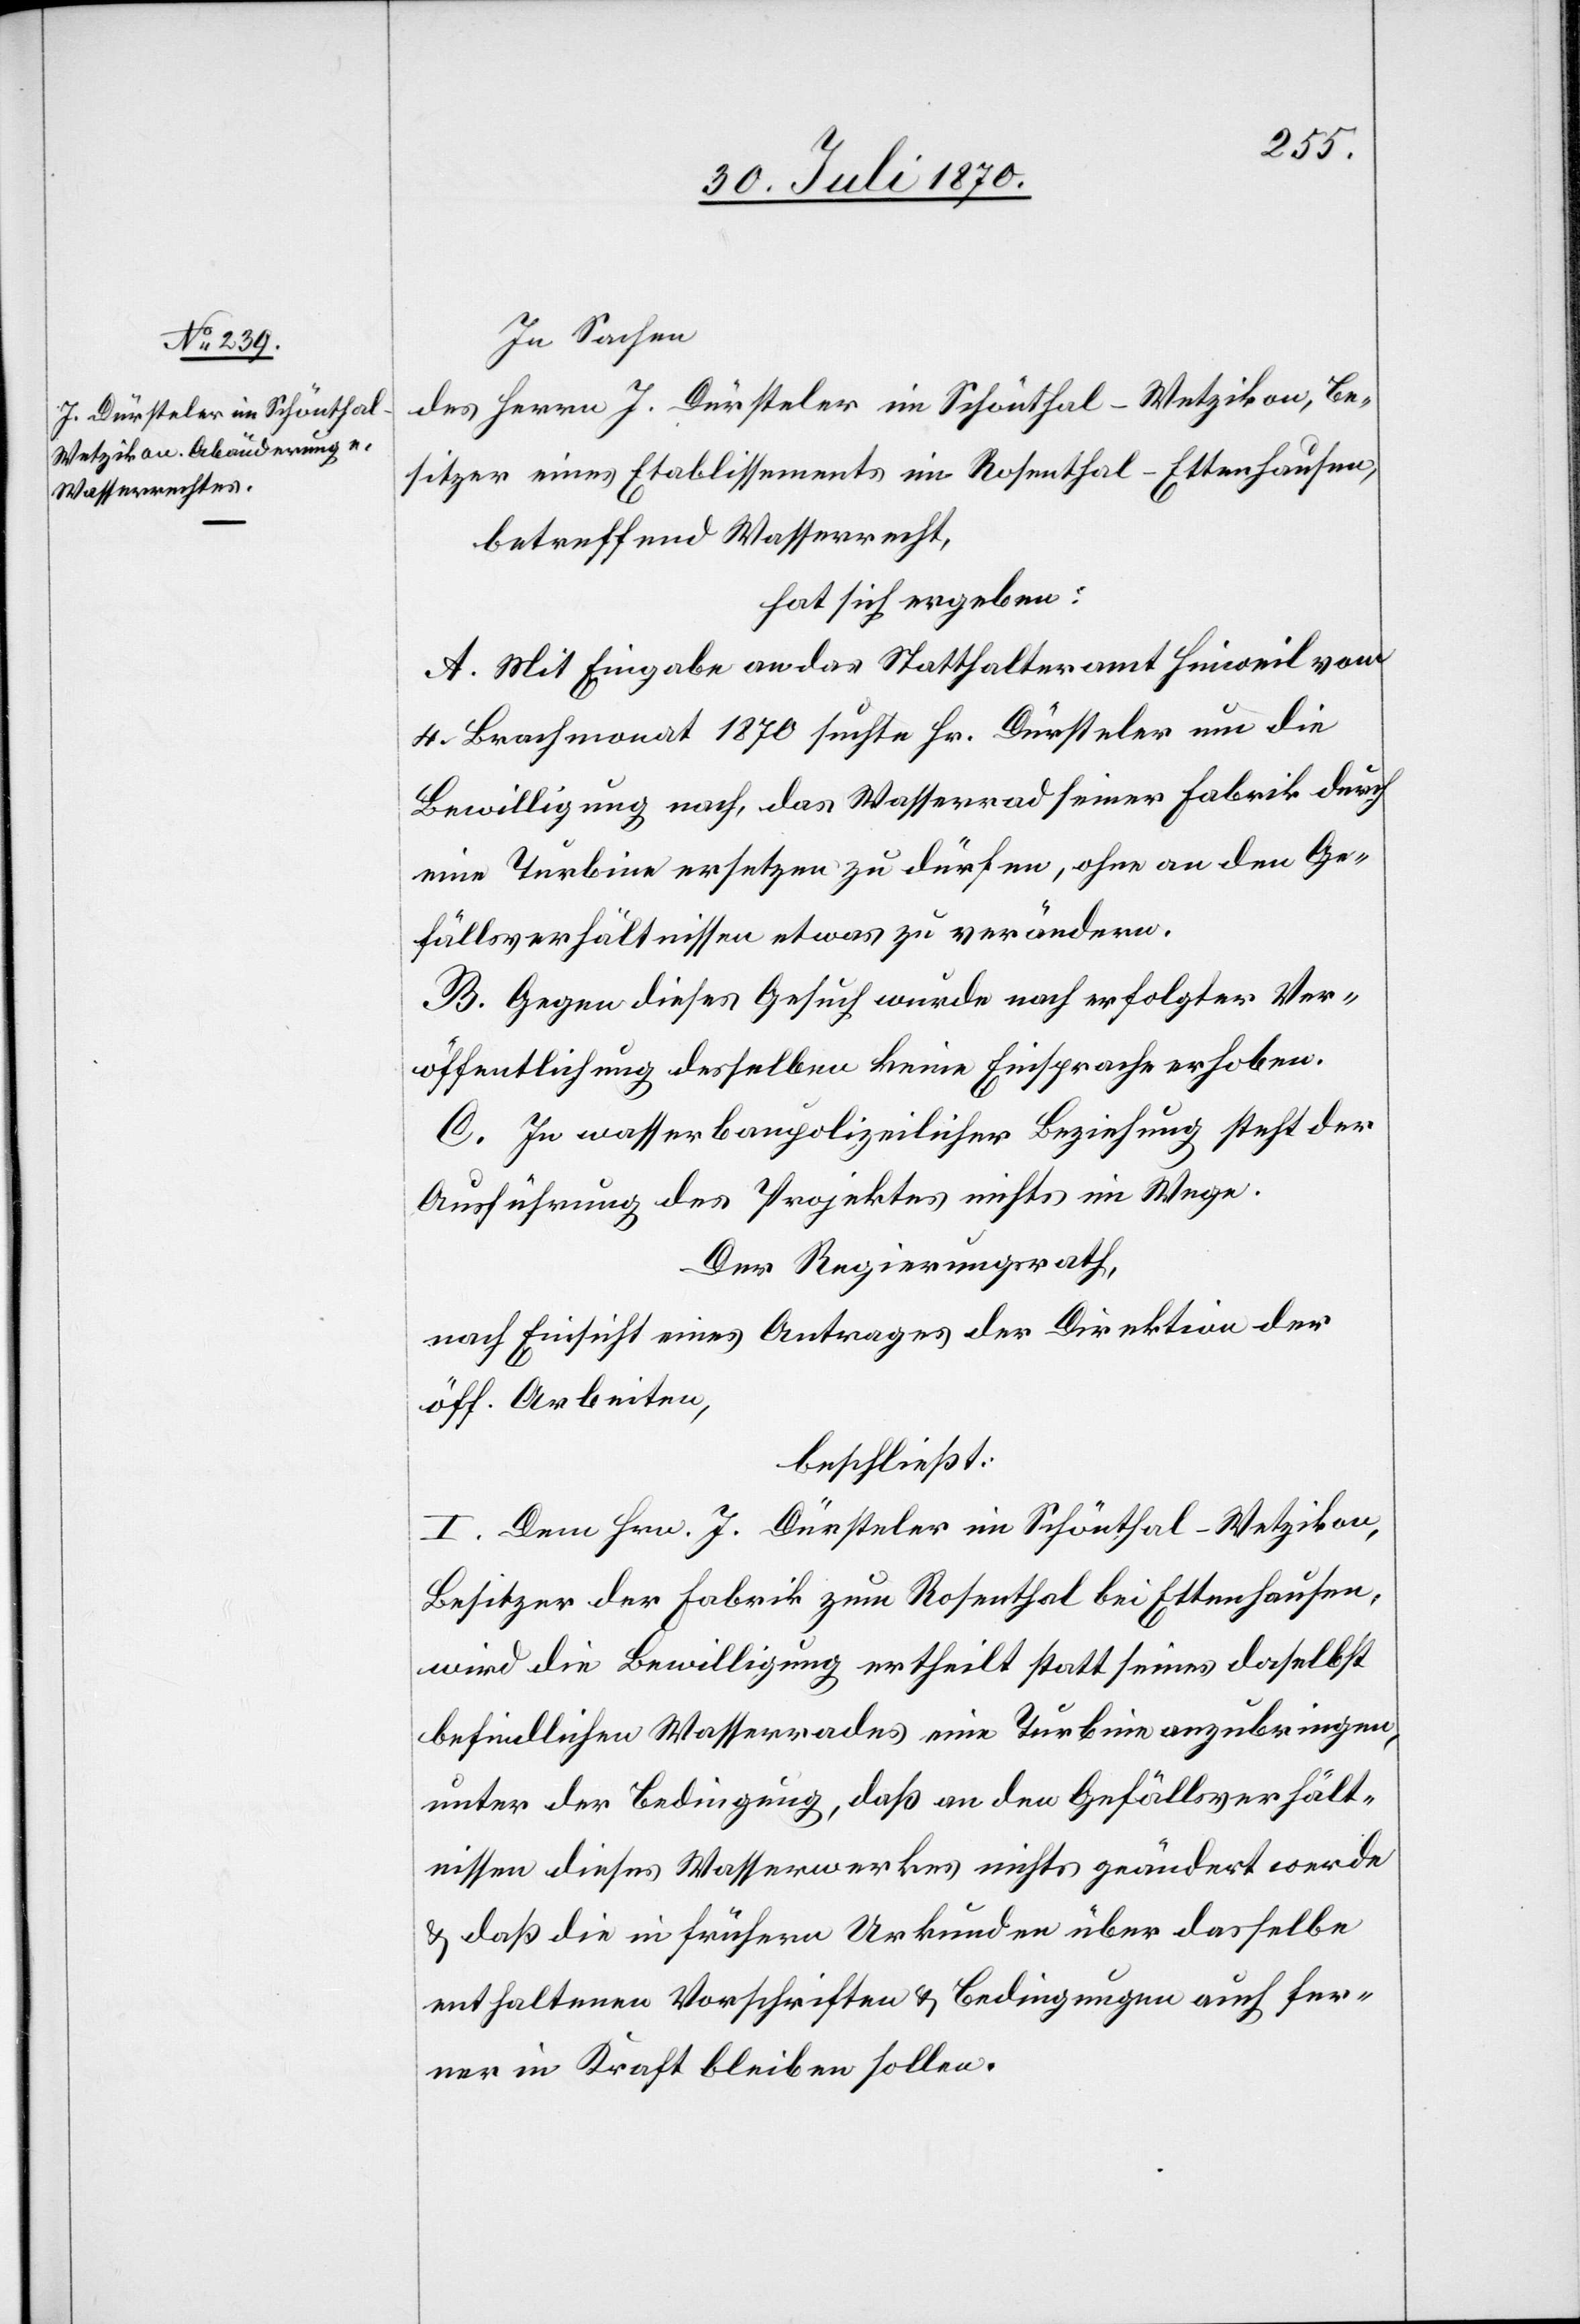
In Sachen
des Herrn J. Dürsteler im Schönthal - Wetzikon, Be¬
sitzer eines Etablissements im Rosenthal - Ettenhausen,
betreffend Wasserrecht,
hat sich ergeben:
A. Mit Eingabe an das Statthalteramt Hinweil vom
4. Brachmonat 1870 suchte Hr. Dürsteler um die
Bewilligung nach, das Wasserrecht seiner Fabrik durch
eine Turbine ersetzen zu dürfen, ohne an den Ge¬
fällsverhältnissen etwas zu verändern.
B. Gegen dieses Gesuch wurde nach erfolgter Ver¬
öffentlichung desselben keine Einsprache erhoben.
C. In wasserbaupolizeilicher Beziehung steht der
Ausführung des Projektes nichts im Wege.
Der Regierungsrath,
nach Einsicht eines Antrages der Direktion der
öff. Arbeiten,
beschließt:
I. Dem Hrn. J. Dürsteler im Schönthal - Wetzikon,
Besitzer der Fabrik zum Rosenthal bei Ettenhausen,
wird die Bewilligung ertheilt statt seines daselbst
befindlichen Wasserrades eine Turbine anzubringen,
unter der Bedingung, daß an den Gefällsverhält¬
nissen dieses Wasserwerkes nicht geändert werde
& daß die in frühern Urkunden über dasselbe
enthaltenen Vorschriften & Bedingungen auch fer¬
ner in Kraft bleiben sollen.